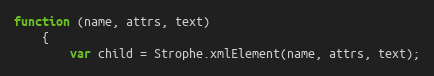
Language: JavaScript
function (name, attrs, text)
    {
        var child = Strophe.xmlElement(name, attrs, text);